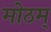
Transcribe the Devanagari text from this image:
मोठम्‌